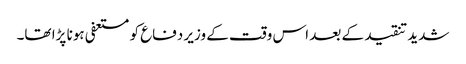
شدید تنقید کے بعد اس وقت کے وزیر دفاع کو مستعفی ہونا پڑا تھا۔